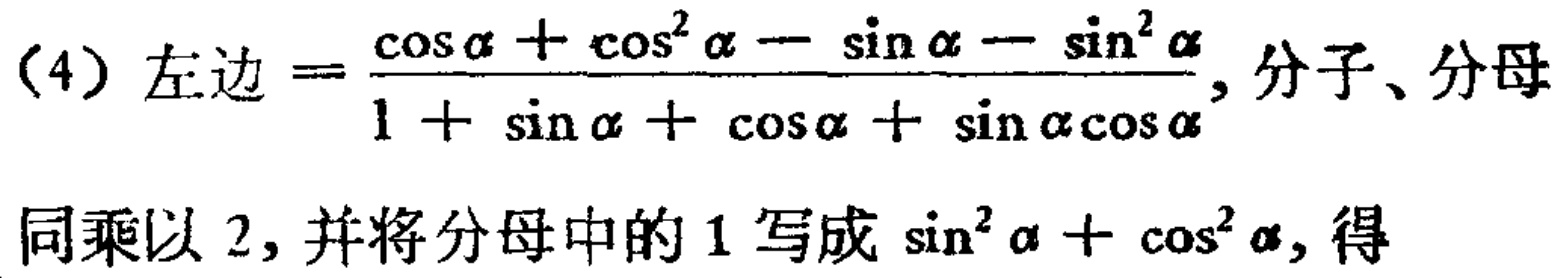
（4）左边\(=\frac{\cos\alpha+\cos^{2}\alpha - \sin\alpha - \sin^{2}\alpha}{1 + \sin\alpha+\cos\alpha+\sin\alpha\cos\alpha}\)，分子、分母

同乘以\(2\)，并将分母中的\(1\)写成\(\sin^{2}\alpha+\cos^{2}\alpha\)，得